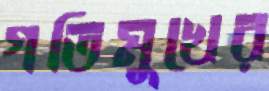
গতিমুখের